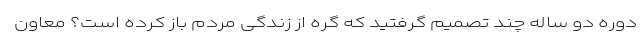
دوره دو ساله چند تصمیم گرفتید که گره از زندگی مردم باز کرده است؟ معاون